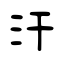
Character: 汗